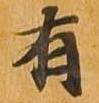
有